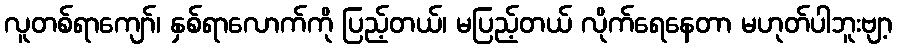
လူတစ်ရာကျော်၊ နှစ်ရာလောက်ကို ပြည့်တယ်၊ မပြည့်တယ် လိုက်ရေနေတာ မဟုတ်ပါဘူးဗျာ့